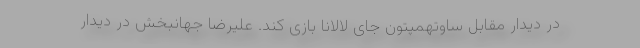
در دیدار مقابل ساوتهمپتون جای لالانا بازی کند. علیرضا جهانبخش در دیدار